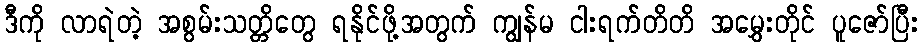
ဒီကို လာရဲတဲ့ အစွမ်းသတ္တိတွေ ရနိုင်ဖို့အတွက် ကျွန်မ ငါးရက်တိတိ အမွှေးတိုင် ပူဇော်ပြီး